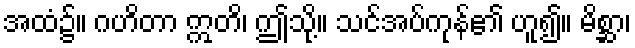
အထံ၌။ ဂဟိတာ ဣတိ၊ ဤသို့။ သင်အပ်ကုန်၏ ဟူ၍။ မိစ္ဆာ၊